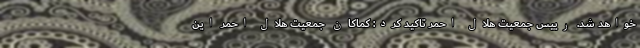
خواهد شد. رییس جمعیت هلال احمر تاکید کرد: کماکان جمعیت هلال احمر این